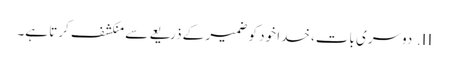
II.	دوسری بات، خدا خود کو ضمیر کے ذریعے سے منکشف کرتا ہے۔